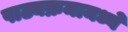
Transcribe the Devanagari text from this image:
पाठ्यक्रमामध्ये